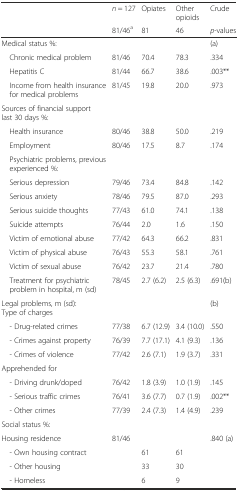
<table><thead><tr><td></td><td><b><i>n</i> = 127</b></td><td><b>Opiates</b></td><td><b>Other opioids</b></td><td><b>Crude</b></td></tr><tr><td></td><td><b>81/46<sup>a</sup></b></td><td><b>81</b></td><td><b>46</b></td><td><b><i>p</i>-values</b></td></tr></thead><tbody><tr><td>Medical status %:</td><td></td><td></td><td></td><td>(a)</td></tr><tr><td> Chronic medical problem</td><td>81/46</td><td>70.4</td><td>78.3</td><td>.334</td></tr><tr><td> Hepatitis C</td><td>81/44</td><td>66.7</td><td>38.6</td><td>.003**</td></tr><tr><td> Income from health insurance for medical problems</td><td>81/45</td><td>19.8</td><td>20.0</td><td>.973</td></tr><tr><td>Sources of financial support last 30 days %:</td><td></td><td></td><td></td><td></td></tr><tr><td> Health insurance</td><td>80/46</td><td>38.8</td><td>50.0</td><td>.219</td></tr><tr><td> Employment</td><td>80/46</td><td>17.5</td><td>8.7</td><td>.174</td></tr><tr><td> Psychiatric problems, previous experienced %:</td><td></td><td></td><td></td><td></td></tr><tr><td> Serious depression</td><td>79/46</td><td>73.4</td><td>84.8</td><td>.142</td></tr><tr><td> Serious anxiety</td><td>78/46</td><td>79.5</td><td>87.0</td><td>.293</td></tr><tr><td> Serious suicide thoughts</td><td>77/43</td><td>61.0</td><td>74.1</td><td>.138</td></tr><tr><td> Suicide attempts</td><td>76/44</td><td>2.0</td><td>1.6</td><td>.150</td></tr><tr><td> Victim of emotional abuse</td><td>77/42</td><td>64.3</td><td>66.2</td><td>.831</td></tr><tr><td> Victim of physical abuse</td><td>76/43</td><td>55.3</td><td>58.1</td><td>.761</td></tr><tr><td> Victim of sexual abuse</td><td>76/42</td><td>23.7</td><td>21.4</td><td>.780</td></tr><tr><td> Treatment for psychiatric problem in hospital, m (sd)</td><td>78/45</td><td>2.7 (6.2)</td><td>2.5 (6.3)</td><td>.691(b)</td></tr><tr><td>Legal problems, m (sd):Type of charges</td><td></td><td></td><td></td><td>(b)</td></tr><tr><td> - Drug-related crimes</td><td>77/38</td><td>6.7 (12.9)</td><td>3.4 (10.0)</td><td>.550</td></tr><tr><td> - Crimes against property</td><td>76/39</td><td>7.7 (17.1)</td><td>4.1 (9.3)</td><td>.136</td></tr><tr><td> - Crimes of violence</td><td>77/42</td><td>2.6 (7.1)</td><td>1.9 (3.7)</td><td>.331</td></tr><tr><td>Apprehended for</td><td></td><td></td><td></td><td></td></tr><tr><td> - Driving drunk/doped</td><td>76/42</td><td>1.8 (3.9)</td><td>1.0 (1.9)</td><td>.145</td></tr><tr><td> - Serious traffic crimes</td><td>76/41</td><td>3.6 (7.7)</td><td>0.7 (1.9)</td><td>.002**</td></tr><tr><td> - Other crimes</td><td>77/39</td><td>2.4 (7.3)</td><td>1.4 (4.9)</td><td>.239</td></tr><tr><td>Social status %:</td><td></td><td></td><td></td><td></td></tr><tr><td>Housing residence</td><td>81/46</td><td></td><td></td><td>.840 (a)</td></tr><tr><td> - Own housing contract</td><td></td><td>61</td><td>61</td><td></td></tr><tr><td> - Other housing</td><td></td><td>33</td><td>30</td><td></td></tr><tr><td> - Homeless</td><td></td><td>6</td><td>9</td><td></td></tr></tbody></table>